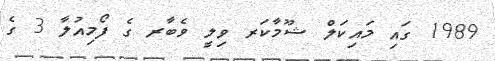
1989 ގައި މައިކަލް ޝޫމާކަރ ވިލީ ވެބާރ ގެ ފޯމިއުލާ 3 ގެ